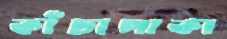
কাঁচাপাকা